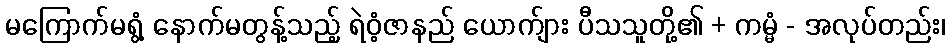
မကြောက်မရွံ့ နောက်မတွန့်သည့် ရဲဝံ့ဇာနည် ယောက်ျား ပီသသူတို့၏ + ကမ္မံ - အလုပ်တည်း၊